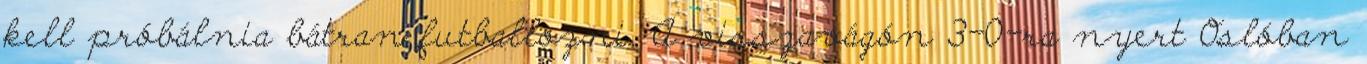
kell próbálnia bátran futballozni. A visszavágón 3-0-ra nyert Oslóban